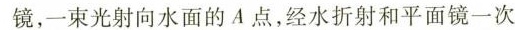
镜，一束光射向水面的A点，经水折射和平面镜一次